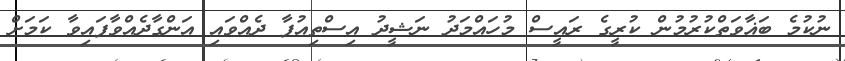
ނުކުމެ ބަޣާވަތްކުރުމުން ކުރީގެ ރައީސް މުހައްމަދު ނަޝީދު އިސްތިއުފާ ދެއްވައި އަންގާދެއްވާފައިވާ ކަމަށް